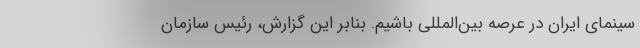
سینمای ایران در عرصه بین‌المللی باشیم. بنابر این گزارش، رئیس سازمان